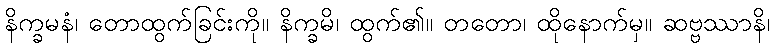
နိက္ခမနံ၊ တောထွက်ခြင်းကို။ နိက္ခမိ၊ ထွက်၏။ တတော၊ ထိုနောက်မှ။ ဆဗ္ဗဿာနိ၊